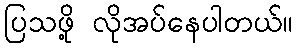
ပြသဖို့ လိုအပ်နေပါတယ်။